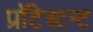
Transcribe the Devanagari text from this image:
प्रॉटेस्टन्ट